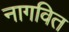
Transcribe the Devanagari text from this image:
नागवित